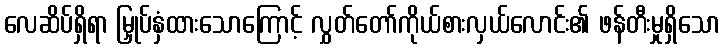
လေဆိပ်ရှိရာ မြှုပ်နှံထားသောကြောင့် လွှတ်တော်ကိုယ်စားလှယ်လောင်း၏ ဖန်တီးမှုရှိသော